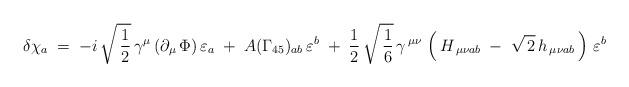
LaTeX: \begin{align*} \delta \chi_a\;=\;-i\,\sqrt{\,\frac{1}{2}}\,\gamma^{\mu}\,(\partial_{\mu}\, \Phi)\,\varepsilon_a\;+\;A(\Gamma_{45})_{ab}\, \varepsilon^b\;+\;\frac{1}{2}\,\sqrt{\,\frac{1}{6}}\,\gamma^{\, \mu\nu}\,\left(\,H_{\,\mu \nu a b}\;-\;\sqrt{\,2}\,h_{\,\mu \nu a b}\,\right)\,\varepsilon^b\end{align*}